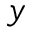
y